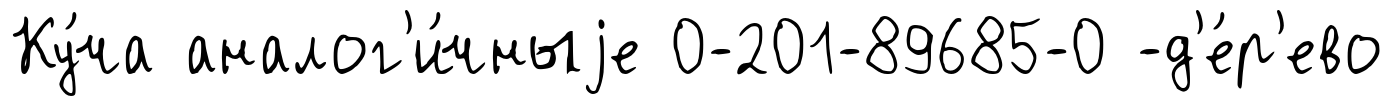
Ку́ча аналог'и́чныjе 0-201-89685-0 -д'е́р'ево